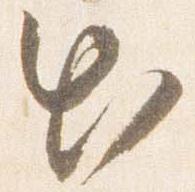
出